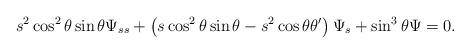
LaTeX: \begin{align*}s^{2}\cos ^{2}\theta \sin \theta \Psi_{ss}+\left(s\cos ^{2}\theta \sin \theta-s^{2}\cos \theta \theta ^{\prime }\right)\Psi _{s}+\sin^{3}\theta \Psi =0. \end{align*}